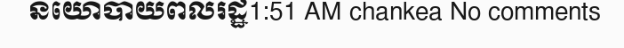
នយោបាយពលរដ្ឋ1:51 AM chankea No comments